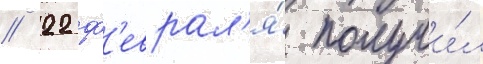
/ 22 ф'еврал'я́ получи́л